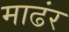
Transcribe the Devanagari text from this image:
माढंर